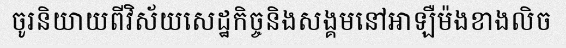
ចូរនិយាយពីវិស័យសេដ្ឋកិច្ចនិងសង្គមនៅអាឡឺម៉ងខាងលិច